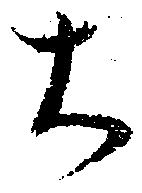
大